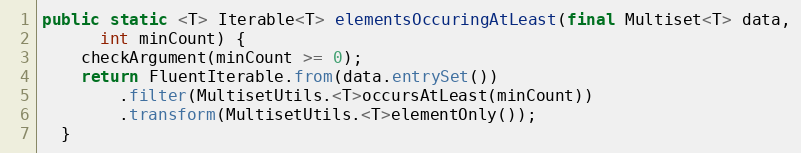
Language: Java
public static <T> Iterable<T> elementsOccuringAtLeast(final Multiset<T> data,
      int minCount) {
    checkArgument(minCount >= 0);
    return FluentIterable.from(data.entrySet())
        .filter(MultisetUtils.<T>occursAtLeast(minCount))
        .transform(MultisetUtils.<T>elementOnly());
  }